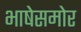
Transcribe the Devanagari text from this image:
भाषेसमोर